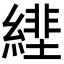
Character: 𦄕